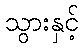
သွားနှင့်